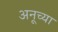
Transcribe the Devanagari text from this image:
अनूच्या